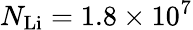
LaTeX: N_{\mathrm{{Li}}}=1.8\times 10^{7}